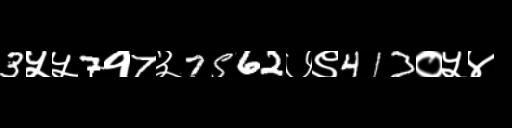
Text: 3५५7१7३7562७९413०५४